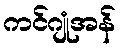
ကင်ဂျုံအန်